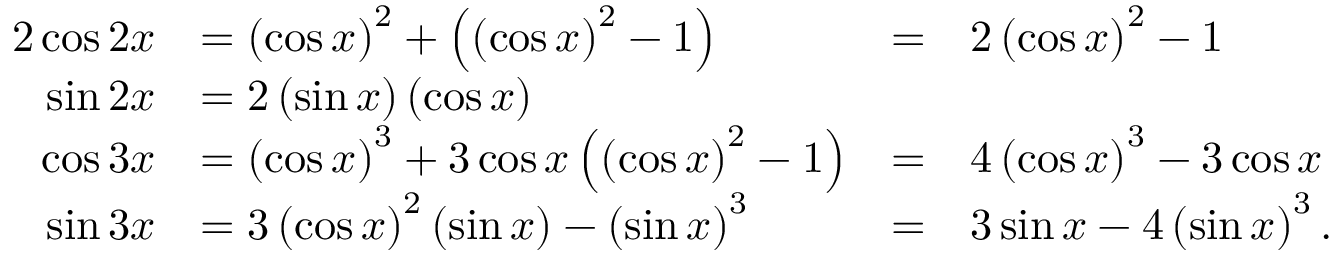
{ \begin{array} { r l r l } { { 2 } \cos 2 x } & { = \left( \cos x \right) ^ { 2 } + \left( \left( \cos x \right) ^ { 2 } - 1 \right) } & { = } & { 2 \left( \cos x \right) ^ { 2 } - 1 } \\ { \sin 2 x } & { = 2 \left( \sin x \right) \left( \cos x \right) } & & { } \\ { \cos 3 x } & { = \left( \cos x \right) ^ { 3 } + 3 \cos x \left( \left( \cos x \right) ^ { 2 } - 1 \right) } & { = } & { 4 \left( \cos x \right) ^ { 3 } - 3 \cos x } \\ { \sin 3 x } & { = 3 \left( \cos x \right) ^ { 2 } \left( \sin x \right) - \left( \sin x \right) ^ { 3 } } & { = } & { 3 \sin x - 4 \left( \sin x \right) ^ { 3 } . } \end{array} }